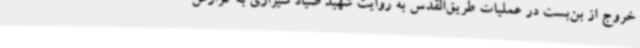
خروج از بن‌بست در عملیات طریق‌القدس به روایت شهید صیاد شیرازی به گزارش